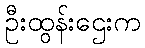
ဦးထွန်းဌေးက